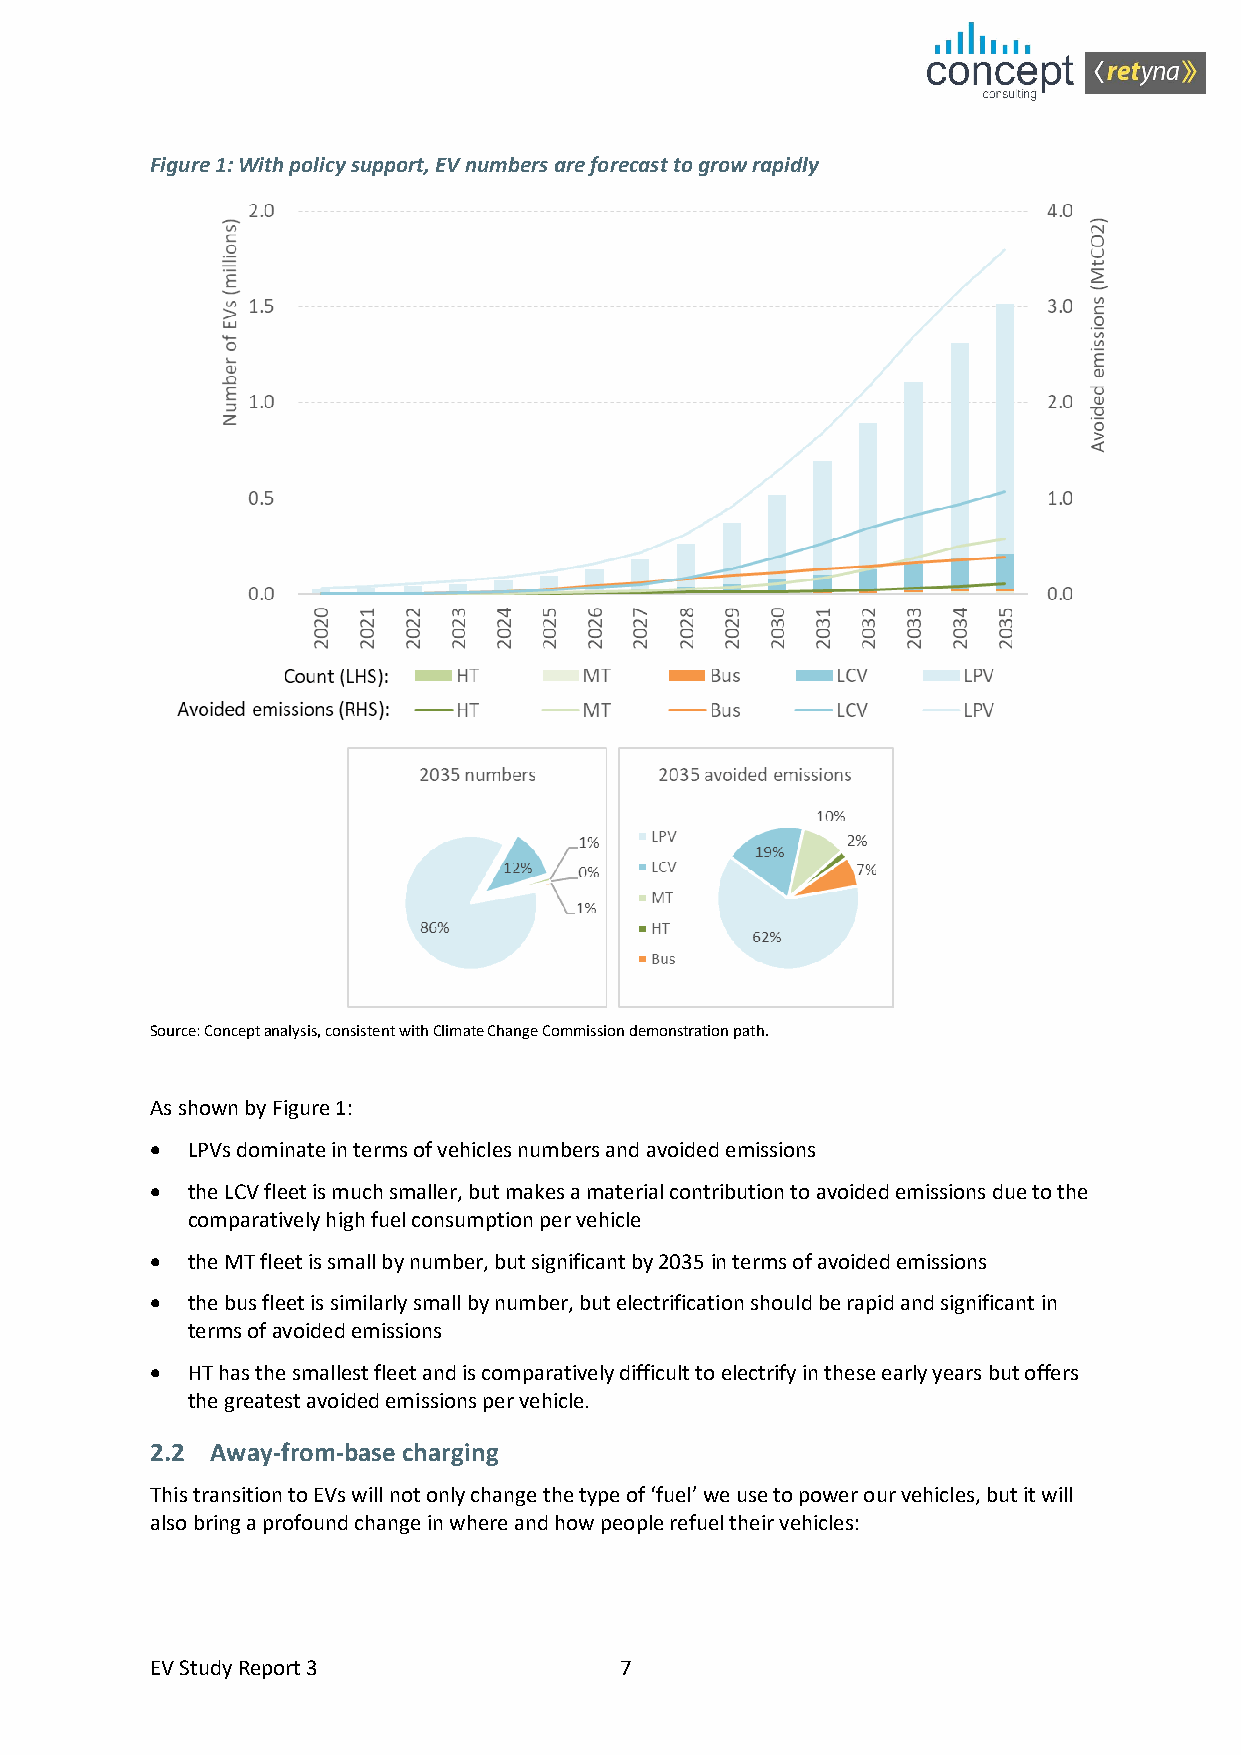
Figure 1: With policy support, EV numbers are forecast to grow rapidly
 Source: Concept analysis, consistent with Climate Change Commission demonstration path.
 As shown by Figure 1:
 • LPVs dominate in terms of vehicles numbers and avoided emissions
 • the LCV fleet is much smaller, but makes a material contribution to avoided emissions due to the
 comparatively high fuel consumption per vehicle
 • the MT fleet is small by number, but significant by 2035 in terms of avoided emissions
 • the bus fleet is similarly small by number, but electrification should be rapid and significant in
 terms of avoided emissions
 • HT has the smallest fleet and is comparatively difficult to electrify in these early years but offers
 the greatest avoided emissions per vehicle.
 2.2 Away-from-base charging
 This transition to EVs will not only change the type of ‘fuel’ we use to power our vehicles, but it will
 also bring a profound change in where and how people refuel their vehicles:
 EV Study Report 3              7